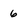
Character: 6